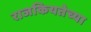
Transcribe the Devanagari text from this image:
राजकियतेच्या